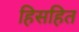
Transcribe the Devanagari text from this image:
हिसहित